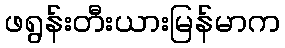
ဖရွန်းတီးယားမြန်မာက